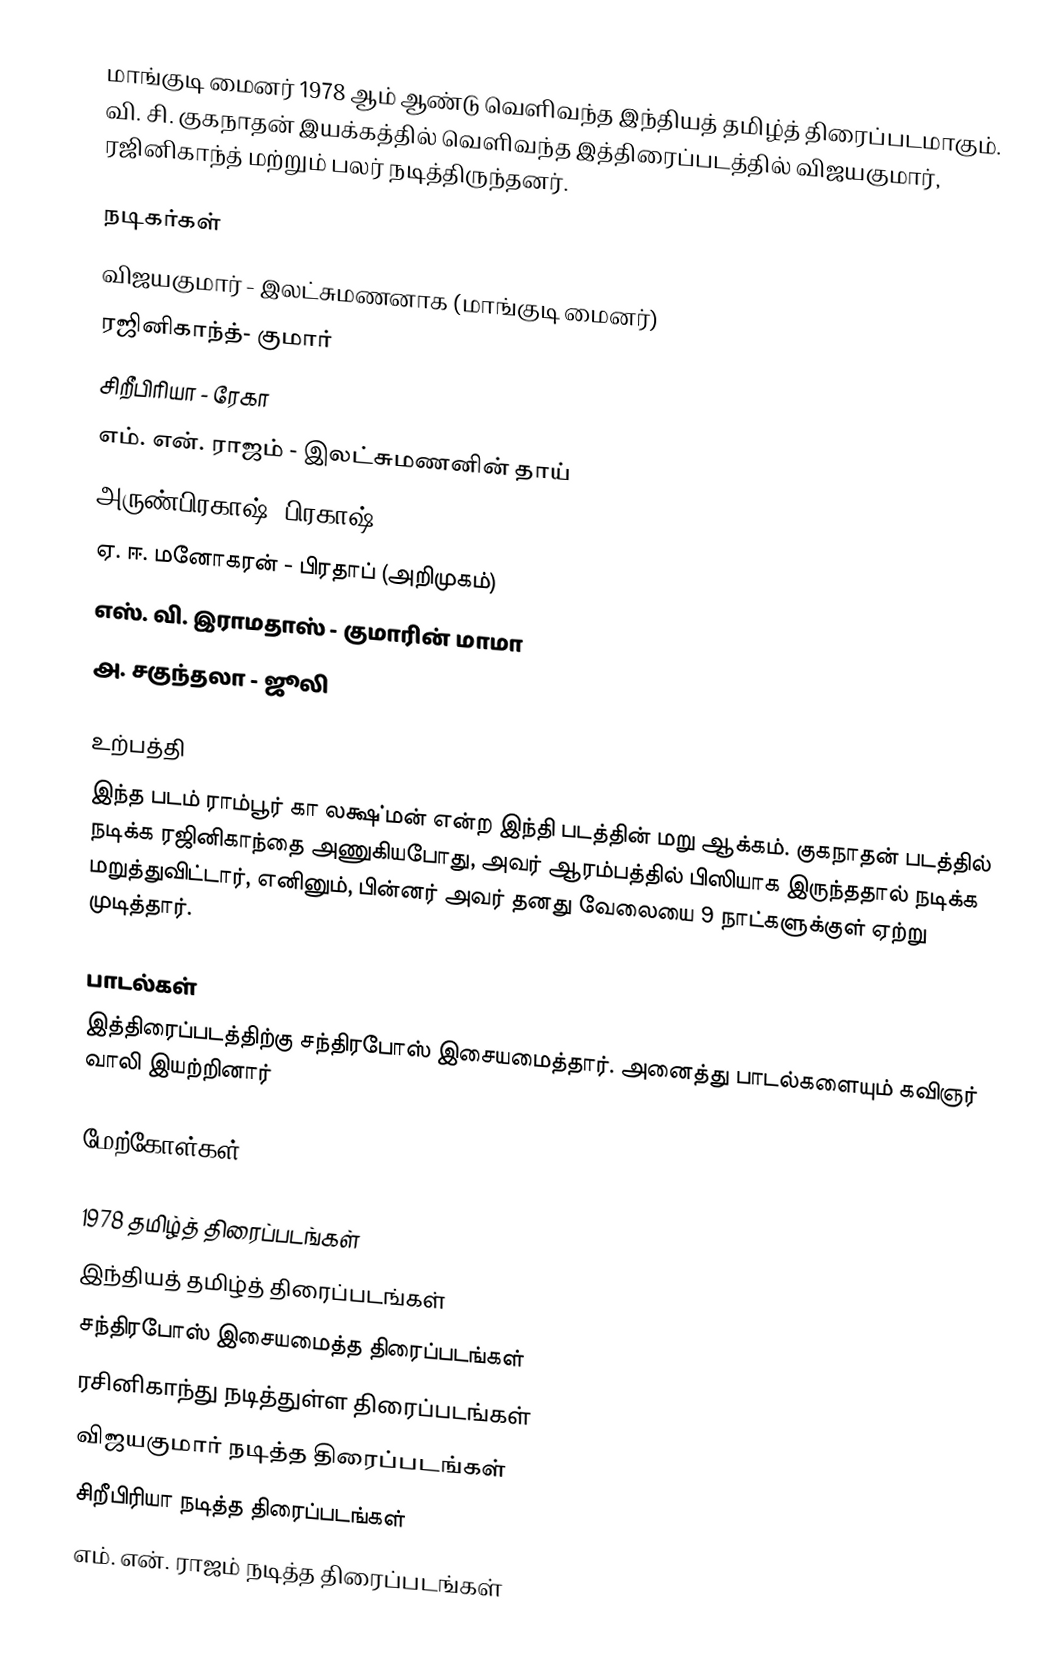
மாங்குடி மைனர் 1978 ஆம் ஆண்டு வெளிவந்த இந்தியத் தமிழ்த் திரைப்படமாகும். வி. சி. குகநாதன் இயக்கத்தில் வெளிவந்த இத்திரைப்படத்தில் விஜயகுமார், ரஜினிகாந்த் மற்றும் பலர் நடித்திருந்தனர்.

நடிகர்கள்
 விஜயகுமார் - இலட்சுமணனாக  (மாங்குடி மைனர்)
 ரஜினிகாந்த்- குமார்
 சிறீபிரியா - ரேகா
 எம். என். ராஜம் - இலட்சுமணனின் தாய்
 அருண்பிரகாஷ்- பிரகாஷ்
 ஏ. ஈ. மனோகரன் - பிரதாப் (அறிமுகம்)
 எஸ். வி. இராமதாஸ் - குமாரின் மாமா
 அ. சகுந்தலா - ஜூலி

உற்பத்தி
இந்த படம் ராம்பூர் கா லக்ஷ்மன் என்ற இந்தி படத்தின் மறு ஆக்கம். குகநாதன் படத்தில் நடிக்க ரஜினிகாந்தை அணுகியபோது, அவர் ஆரம்பத்தில் பிஸியாக இருந்ததால் நடிக்க மறுத்துவிட்டார், எனினும், பின்னர் அவர் தனது வேலையை 9 நாட்களுக்குள் ஏற்று முடித்தார்.

பாடல்கள்
இத்திரைப்படத்திற்கு சந்திரபோஸ் இசையமைத்தார். அனைத்து பாடல்களையும் கவிஞர் வாலி இயற்றினார்

மேற்கோள்கள்

1978 தமிழ்த் திரைப்படங்கள்
இந்தியத் தமிழ்த் திரைப்படங்கள்
சந்திரபோஸ் இசையமைத்த திரைப்படங்கள்
ரசினிகாந்து நடித்துள்ள திரைப்படங்கள்
விஜயகுமார் நடித்த திரைப்படங்கள்
சிறீபிரியா நடித்த திரைப்படங்கள்
எம். என். ராஜம் நடித்த திரைப்படங்கள்